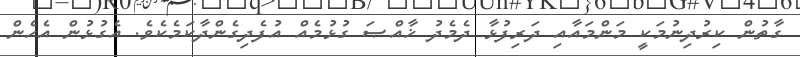
ގާތުން ކިރުދިނުމަކީ މަންމައާއި ދަރިފުޅާ ދެމެދު ޚާއްޞަ ގުޅުމެއް އުފެދިގެންދާކަމެކެވެ. އެގުޅުން އެހެން